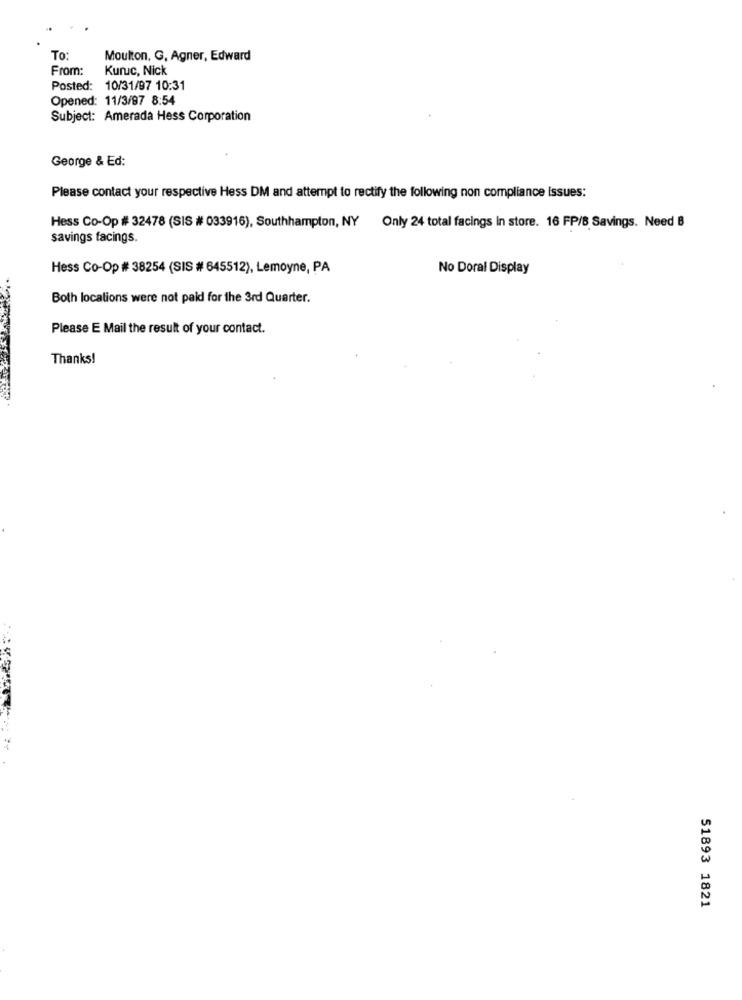
To:
Moulton, G, Agner, Edward
From:
Kuruc, Nick
Posted: 10/31/97 10:31
Opened: 11/3/97 8:54
Subject: Amerada Hess Corporation
George & Ed:
Please contact your respective Hess DM and attempt to rectify the following non compliance issues:
Hess Co-Op # 32478 (SIS # 033916), Southhampton, NY Only 24 total facings in store. 16 FP/B Savings. Need B
savings facings.
Hess Co-Op # 38254 (SIS # 645512), Lemoyne, PA
No Doral Display
Both locations were not paid for the 3rd Quarter.
Please E Mail the result of your contact.
Thanks!
51893 1821